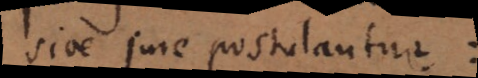
sive jure postulantur: